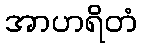
အာဟရိတံ